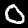
Label: 0